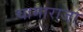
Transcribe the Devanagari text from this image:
चामाराजा